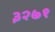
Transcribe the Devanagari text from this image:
३२७१